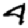
Digit: 4